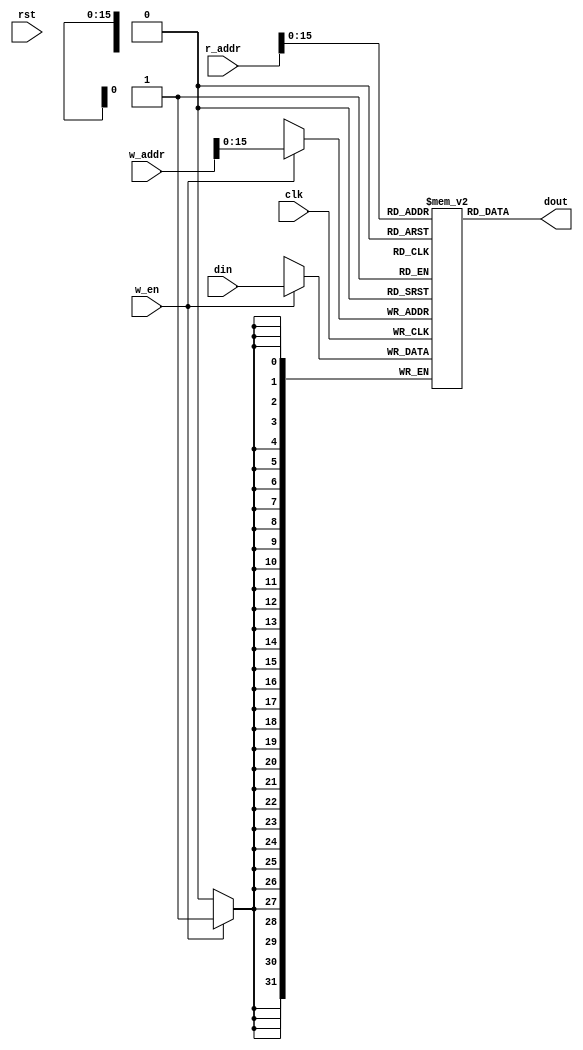
`timescale 1ns/1ps

module Text (rst , clk , r_addr , w_addr , w_en , dout , din);
input wire rst, clk, w_en;
input wire[31:0] r_addr, w_addr, din;
output wire[31:0] dout;

reg[31:0] mem [65535:0];

initial begin
   mem[0] = 32'h00808020;   //add $s0 , $a0, $0 #address of array in $s0
   mem[1] = 32'h00a08820;  //add $s1 , $a1 , $0 #size of array in $s0
   mem[2] = 32'h2232ffff;  //addi $s2 , $s1 , -1  #i=n-1

   mem[3] = {6'b011000 , 5'd18 , 5'd0 , 16'd13};    //Loop1:  beq $s2 , $0 , exit1   #exit1 when i=0

   mem[4] = 32'h00009820;    //add $s3 , $0 , $0   #j=0

   mem[5] = {6'b011000 , 5'd19 , 5'd18 , 16'd9};    //Loop2:  beq $s3 , $s2 , exit2   #exit2 when j=i
   
   mem[6] = 32'h02134020;   //add $t0 , $s0 , $s3     #t0 = a+j
   mem[7] = 32'h8d140000;   //lw $s4 , 0($t0)     #s4 = a[j]
   mem[8] = 32'h8d150001;   //lw $s5 , 1($t0)     #s5 = a[j+1]

   mem[9] = {6'b011110 , 5'd20 , 5'd21 , 16'd3};   //ble $s4 , $s5 , afterswap   #if a[j]<=a[j+1] dont swap

   mem[10] = 32'had140001;   //sw $s4, 1($t0)
   mem[11] = 32'had150000;   //sw $s5 , 0($t0)
   mem[12] = 32'h22730001;   //addi $s3 , $s3 , 1  #j=j+1 (afterswap)

   mem[13] = {6'd2 , 26'd5};   //j Loop2

   mem[14] = 32'h2252ffff;   //addi $s2, $s2 , -1  #i = i-1(exit2)

   mem[15] = {6'd2 , 26'd3};   //j Loop1 
   mem[16] = {6'b011000 , 5'd0 , 5'd0 , 16'd0}; // (exit1)

end

assign dout = mem[r_addr[15:0]];

always@(posedge clk) begin
   if (w_en) begin
        mem[w_addr[15:0]] = din;
   end
end
endmodule


module Data (rst , clk , r_addr , w_addr , w_en , dout , din);
input wire rst, clk, w_en;
input wire[31:0] r_addr, w_addr, din;
output wire[31:0] dout;

reg[31:0] mem [65535:0];

assign dout = mem[r_addr[15:0]];

initial begin
   mem[0] = 20;
   mem[1] = 40;
   mem[2] = 60;
   mem[3] = 10;
   mem[4] = 0;
end

initial begin
   $monitor("%d %d %d %d %d",mem[0],mem[1],mem[2],mem[3],mem[4]);
end

always@(posedge clk) begin
   if (w_en) begin
        mem[w_addr[15:0]] = din;
   end
end
endmodule